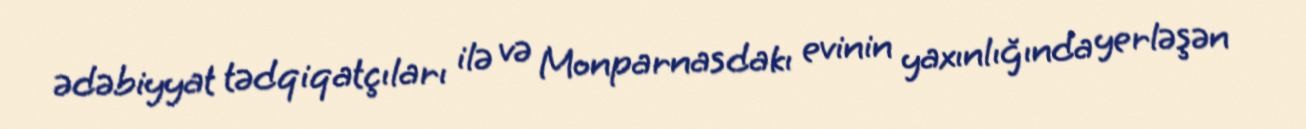
ədəbiyyat tədqiqatçıları ilə və Monparnasdakı evinin yaxınlığında yerləşən